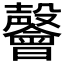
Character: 𭯅